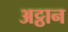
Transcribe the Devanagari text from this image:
अट्ठान